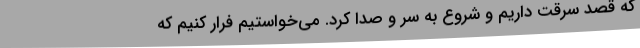
که قصد سرقت داریم و شروع به سر و صدا کرد. می‌خواستیم فرار کنیم که